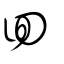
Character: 囬